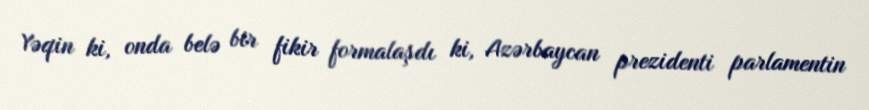
Yəqin ki, onda belə bir fikir formalaşdı ki, Azərbaycan prezidenti parlamentin